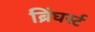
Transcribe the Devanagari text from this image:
ब्रिंघर्स्‍ट